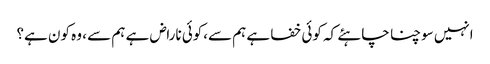
انہیں سوچنا چاہئے کہ کوئی خفا ہے ہم سے،کوئی ناراض ہے ہم سے ، وہ کون ہے؟